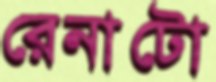
রেনাটো